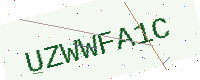
Text: UZWWFA1C